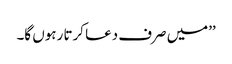
’’میں صرف دعا کرتا رہوں گا۔